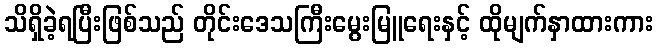
သိရှိခဲ့ရပြီးဖြစ်သည် တိုင်းဒေသကြီးမွေးမြူရေးနှင့် ထိုမျက်နှာထားကား